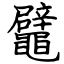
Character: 鼊